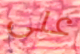
على